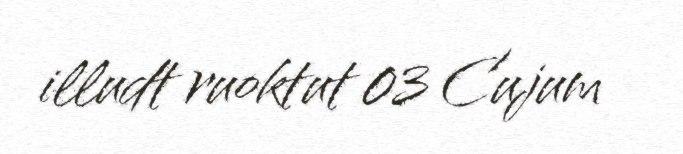
illudt ruoktut 03 Cujum